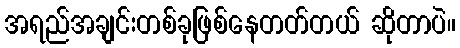
အရည်အချင်းတစ်ခုဖြစ်နေတတ်တယ် ဆိုတာပဲ။